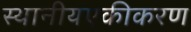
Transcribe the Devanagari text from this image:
स्थानीयएकीकरण